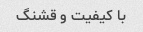
با کیفیت و قشنگ